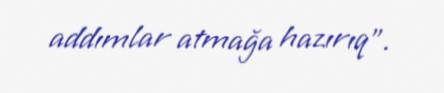
addımlar atmağa hazırıq”.